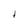
Character: t